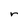
Character: r